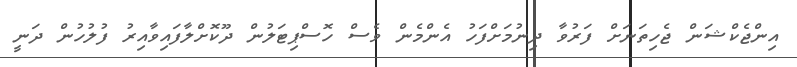
އިންޖެކްޝަން ޖެހިތަނަށް ފަރުވާ ދިނުމަށްފަހު އެންމެން ވެސް ހޮސްޕިޓަލުން ދޫކޮށްލާފައިވާއިރު ފުލުހުން ދަނީ